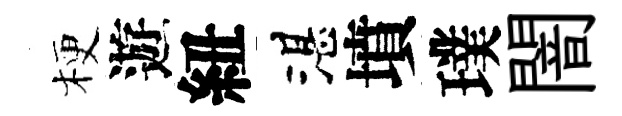
梗遊紐湛墳璞闇